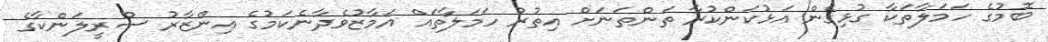
ބޮމުގެ ހަމަލާތަކާ ގުޅިގެން އަޅުކަންކުރާ ތަންތަނަށް އިތުރު ހަމަލާތައް އަމާޒުވެދާނެކަމުގެ އިންޒާރު ސްރީލަންކާގެ